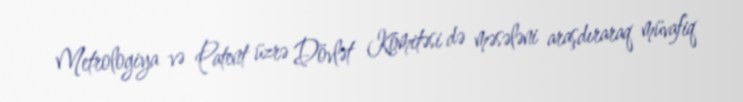
Metrologiya və Patent üzrə Dövlət Komitəsi də məsələni araşdıraraq müvafiq